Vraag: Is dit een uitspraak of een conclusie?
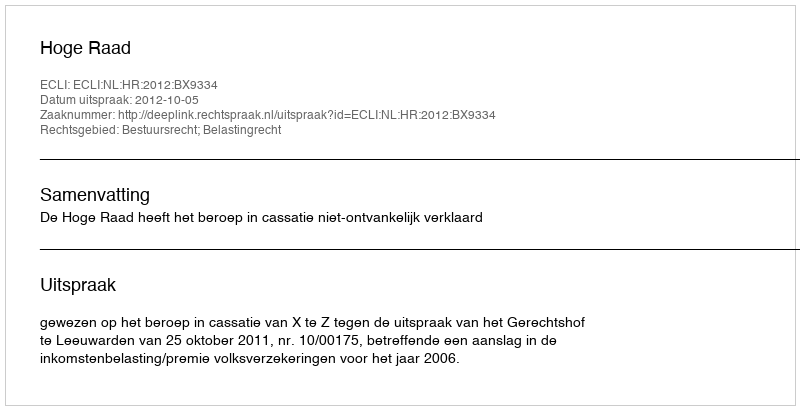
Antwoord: Uitspraak